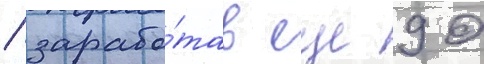
/ зарабо́тав еще 90